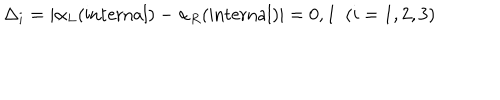
\Delta _ { i } = \vert \alpha _ { L } ( \mathrm { i n t e r n a l } ) - \alpha _ { R } ( \mathrm { i n t e r n a l } ) \vert = 0 , 1 ~ ~ ( i = 1 , 2 , 3 )